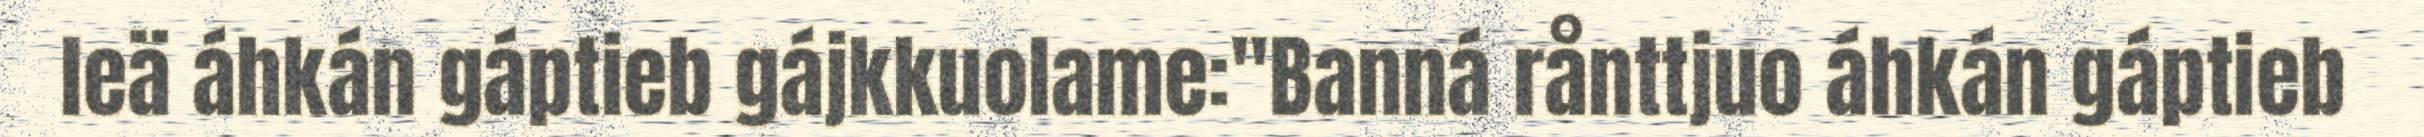
leä áhkán gáptieb gájkkuolame:"Banná rånttjuo áhkán gáptieb